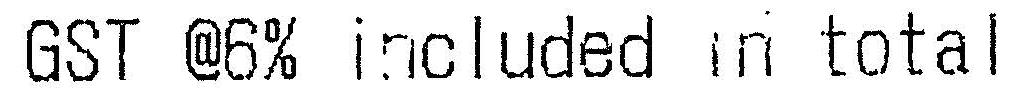
GST @6% INCLUDED IN TOTAL